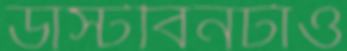
ডাস্টবিনটাও